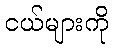
ငယ်များကို